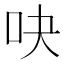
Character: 吷